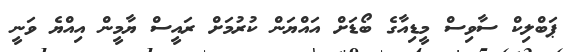
ޕަބްލިކް ސާވިސް މީޑިއާގެ ބޯޑަށް އައްޔަން ކުރުމަށް ރައީސް ޔާމީން އިއްޔެ ވަނީ